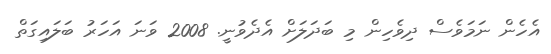
އެހެން ނަމަވެސް ދިވެހިން މި ބަދަލަށް އެދެވުނީ. 2008 ވަނަ އަހަރު ބަލައިގަތް